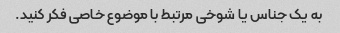
به یک جناس یا شوخی مرتبط با موضوع خاصی فکر کنید.